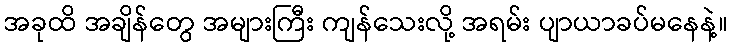
အခုထိ အချိန်တွေ အများကြီး ကျန်သေးလို့ အရမ်း ပျာယာခပ်မနေနဲ့။